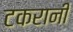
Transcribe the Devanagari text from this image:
टकरानी